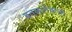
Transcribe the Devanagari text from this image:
बतलानेवाला